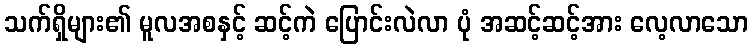
သက်ရှိများ၏ မူလအစနှင့် ဆင့်ကဲ ပြောင်းလဲလာ ပုံ အဆင့်ဆင့်အား လေ့လာသော